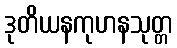
ဒုတိယနကုဟနသုတ္တ